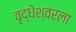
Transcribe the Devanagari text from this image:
वृद्धेश्‍वरला